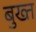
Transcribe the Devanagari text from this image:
बुख्त